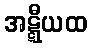
အဋ္ဋီယထ